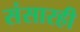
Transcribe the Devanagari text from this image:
संसारही